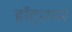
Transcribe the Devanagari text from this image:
हॉट्सपर